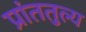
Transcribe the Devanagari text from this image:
प्रांततुल्य